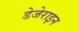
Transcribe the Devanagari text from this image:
डेजेराइन